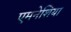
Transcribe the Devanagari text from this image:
एमनेशिया